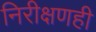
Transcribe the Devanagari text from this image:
निरीक्षणही